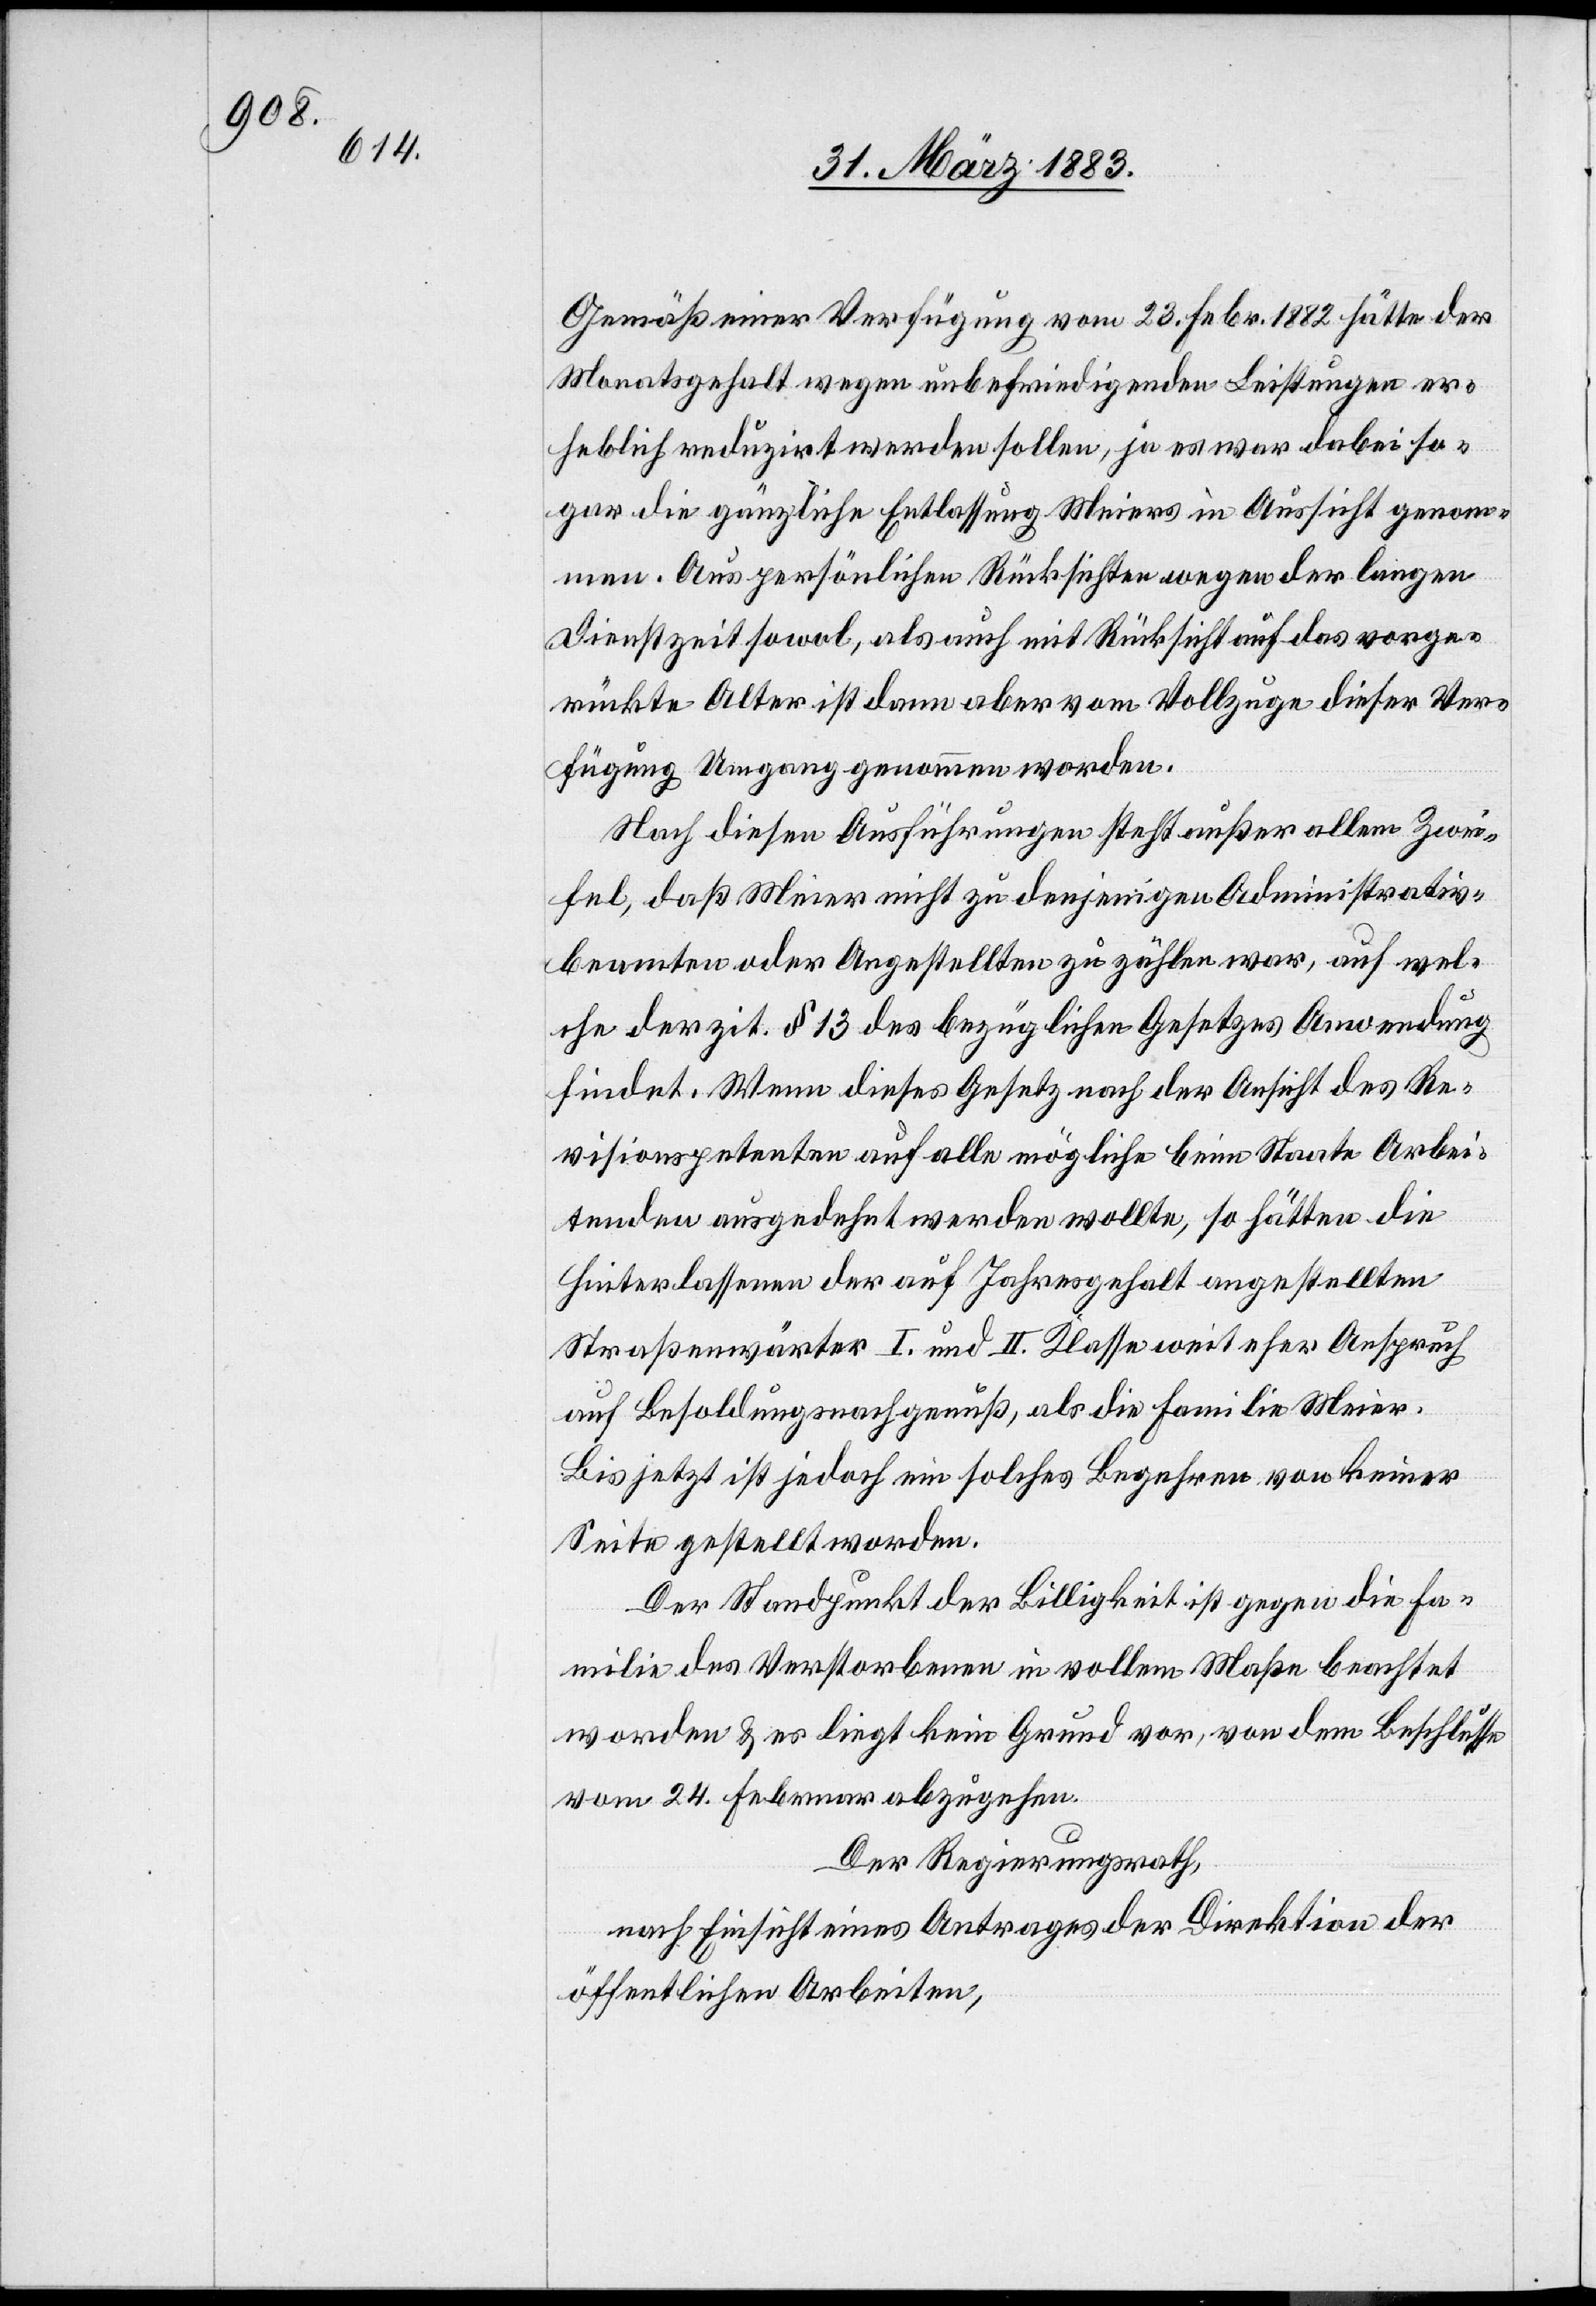
Gemäß einer Verfügung vom 23. Febr. 1882 hätte der
Monatsgehalt wegen unbefriedigender Leistungen er¬
heblich reduzirt werden sollen, ja es war dabei so¬
gar die gänzliche Entlassung Meiers in Aussicht genom¬
men. Aus persönlichen Rücksichten wegen der langen
Dienstzeit sowol, als auch mit Rücksicht auf das vorge¬
rückte Alter ist dann aber vom Vollzuge dieser Ver¬
fügung Umgang genommen worden.
Nach diesen Ausführungen steht außer allem Zwei¬
fel, daß Meier nicht zu denjenigen Administrativ¬
beamten oder Angestellten zu zählen war, auf wel¬
che der zit. § 13 des bezüglichen Gesetzes Anwendung
findet. Wenn dieses Gesetz nach der Ansicht des Re¬
visionspetenten auf alle mögliche beim Staat Arbei¬
tenden ausgedehnt werden wollte, so hätten die
Hinterlassenen der auf Jahresgehalt angestellten
Straßenwärter I. und II. Klasse weit eher Anspruch
auf Besoldungsnachgenuß, als die Familie Meier.
Bis jetzt ist jedoch ein solches Begehren von keiner
Seite gestellt worden.
Der Standpunkt der Billigkeit ist gegen die Fa¬
milie des Verstorbenen in vollem Maße beachtet
worden & es liegt kein Grund vor, von dem Beschlusse
vom 24. Februar abzugehen.
Der Regierungsrath,
nach Einsicht eines Antrages der Direktion der
öffentlichen Arbeiten,